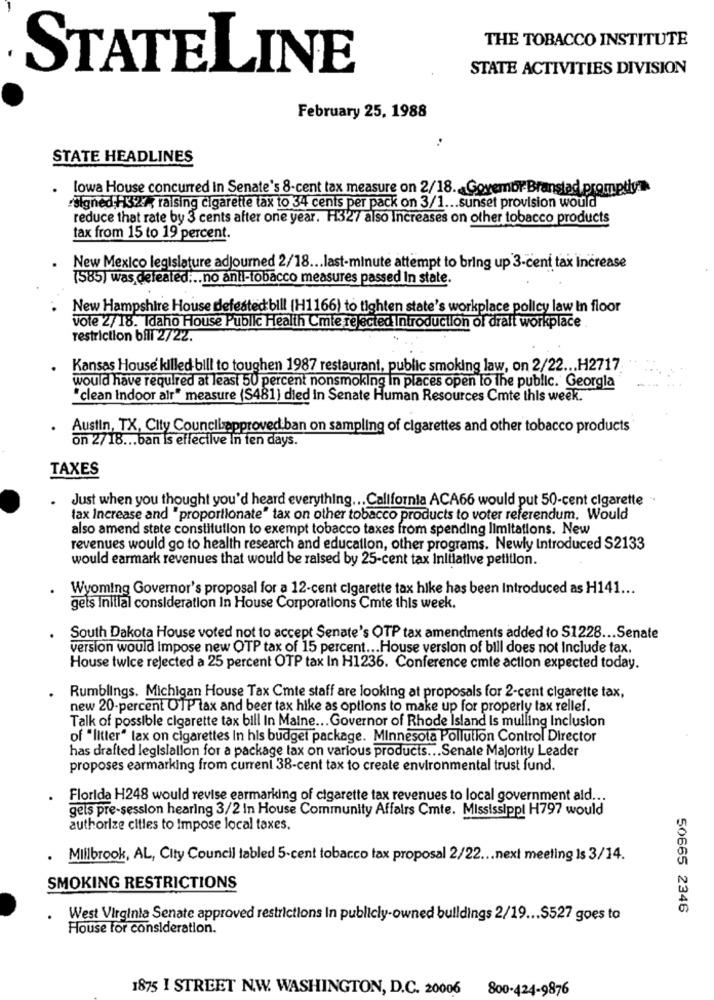
THE TOBACCO INSTITUTE
STATELINE
STATE ACTIVITIES DIVISION
February 25, 1988
STATE HEADLINES
lowa House concurred In Senate's 8-cent tax measure on 2/18. Goyembr Branstad promptlya
signed HZA raising cigarette tax to 34 cents per pack on 3/1 ... sunset provision would
reduce that rate by 3 cents after one year. H327 also Increases on other tobacco products
tax from 15 to 19 percent.
New Mexico legislature adjourned 2/18 ... last-minute attempt to bring up 3-cent tax Increase
(585) was defeated ... no anti-tobacco measures passed In state.
New Hampshire House defeatedbill (H1166) to tighten state's workplace policy law In floor
vote 2/18. Idaho House Public Health Cmte rejected Introduction of draft workplace
restriction bill 2722.
Kansas House killed bill to toughen 1987 restaurant, public smoking law, on 2/22 ... H2717
would have required at least 50 percent nonsmoking in places open to the public. Georgla
"clean Indoor air" measure (S481) died In Senate Human Resources Cmte this week.
Austin, TX, City Councilapproved.ban on sampling of cigarettes and other tobacco products
on 2/18 ... ban is effective in ten days.
TAXES
Just when you thought you'd heard everything ... California ACA66 would put 50-cent cigarette
tax Increase and "proportionate" tax on other tobacco products to voter referendum. Would
also amend state constitution to exempt tobacco taxes from spending limitations. New
revenues would go to health research and education, other programs. Newly Introduced S2133
would earmark revenues that would be raised by 25-cent tax Initiative petition.
Wyoming Governor's proposal for a 12-cent cigarette tax hike has been Introduced as H141 ...
gets Initial consideration In House Corporations Cmte this week.
South Dakota House voted not to accept Senate's OTP tax amendments added to S1228 ... Senate
version would Impose new OTP tax of 15 percent ... House version of bill does not Include tax.
House twice rejected a 25 percent OTP tax In H1236. Conference cmte action expected today.
Rumblings. Michigan House Tax Cmte staff are looking at proposals for 2-cent cigarette tax,
new 20-percent O1P tax and beer tax hike as options to make up for properly tax rellef.
Talk of possible cigarette tax bill In Maine ... Governor of Rhode Island Is mulling Inclusion
of "litter" lax on cigarettes In his budget package. Minnesota Pollution Control Director
has drafted legislation for a package tax on various products ... Senate Majority Leader
proposes earmarking from current 38-cent tax to create environmental trust fund.
Florida H248 would revise earmarking of cigarette tax revenues to local government ald ...
gels pre-session hearing 3/2 In House Community Affairs Cmte. Mississippi H797 would
authorize cities to Impose local taxes.
Millbrook, AL, City Council tabled 5-cent tobacco lax proposal 2/22 ... next meeting Is 3/14.
SMOKING RESTRICTIONS
50665 2346
West Virginia Senate approved restrictions In publicly-owned buildings 2/19 ... $527 goes to
House for consideration.
1875 I STREET N.W. WASHINGTON, D.C. 20006
800-424-9876